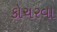
કોચરવા